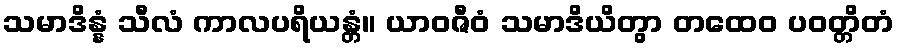
သမာဒိန္နံ သီလံ ကာလပရိယန္တံ။ ယာဝဇီဝံ သမာဒိယိတွာ တထေဝ ပဝတ္တိတံ